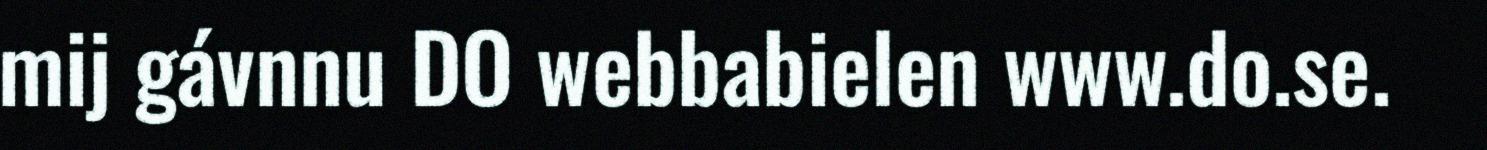
mij gávnnu DO webbabielen www.do.se.